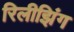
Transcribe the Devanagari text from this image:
रिलीझिंग